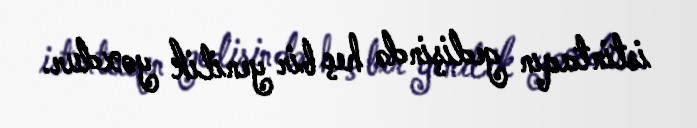
istintaqın gedişində heç bir yenilik yoxdur.